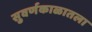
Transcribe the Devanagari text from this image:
सुवर्णकाळातला